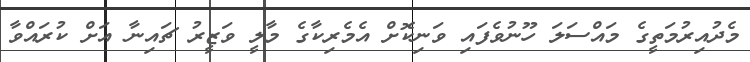
މެދުއިރުމަތީގެ މައްސަލަ ހޫނުވެފައި ވަނިކޮށް އެމެރިކާގެ މާލީ ވަޒީރު ޗައިނާ އަށް ކުރައްވާ